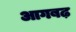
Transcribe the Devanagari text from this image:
आगबढ़